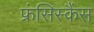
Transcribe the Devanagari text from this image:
फ्रंसिस्कैंस